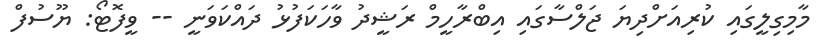
މާމިގިލީގައި ކުރިއަށްދިޔަ ޖަލްސާގައި އިބްރާހީމް ރަޝީދު ވާހަކަފުޅު ދައްކަވަނީ -- ވީފޮޓޯ: ޔޫސުފް